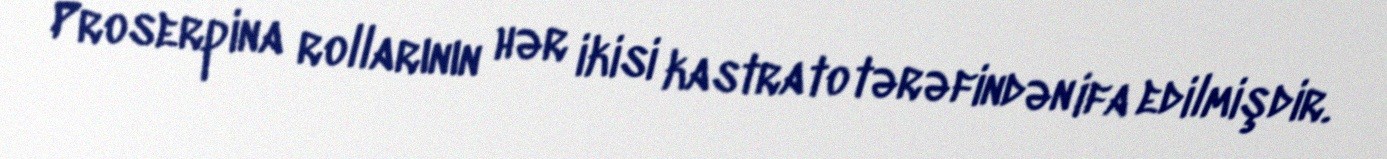
Proserpina rollarının hər ikisi kastrato tərəfindən ifa edilmişdir.